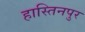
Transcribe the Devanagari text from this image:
हास्तिनपुर